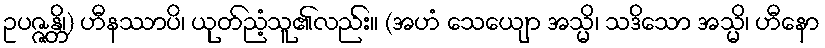
ဥပဇ္ဇန္တိ၊) ဟီနဿာပိ၊ ယုတ်ညံ့သူ၏လည်း။ (အဟံ သေယျော အသ္မိ၊ သဒိသော အသ္မိ၊ ဟီနော